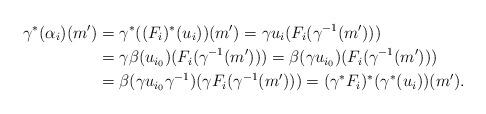
LaTeX: \begin{align*}\gamma^*(\alpha_i) (m') & = \gamma^*((F_i)^*(u_{i}))(m')= \gamma u_i(F_i(\gamma^{-1}(m'))) \\& = \gamma \beta(u_{i_0})(F_i(\gamma^{-1}(m')))= \beta( \gamma u_{i_0})(F_i(\gamma^{-1}(m'))) \\& = \beta( \gamma u_{i_0} \gamma^{-1})( \gamma F_i(\gamma^{-1}(m')))= (\gamma^*F_i)^*(\gamma^*(u_i))(m').\end{align*}